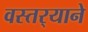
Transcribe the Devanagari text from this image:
वस्तर्‍याने